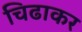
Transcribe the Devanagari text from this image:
चिढाकर